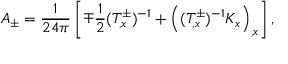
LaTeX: { \cal A } _ { \pm } = { \frac { 1 } { 2 4 \pi } } \left[ \mp { \frac { 1 } { 2 } } ( T _ { , x } ^ { \pm } ) ^ { - 1 } + \left( ( T _ { , x } ^ { \pm } ) ^ { - 1 } K _ { x } \right) _ { , x } \right] ,